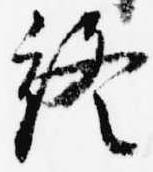
終